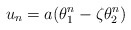
\begin{align*} u_n=a(\theta_1^n-\zeta\theta_2^n)\end{align*}